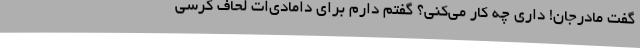
گفت مادرجان! داری چه کار می‌کنی؟ گفتم دارم برای دامادی‌ات لحاف کرسی